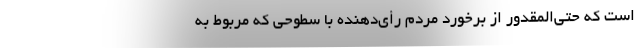
است که حتی‌المقدور از برخورد مردم رأی‌دهنده با سطوحی که مربوط به